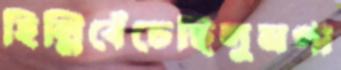
হিল্লিবেঁচেছিলুমপা